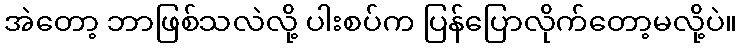
အဲတော့ ဘာဖြစ်သလဲလို့ ပါးစပ်က ပြန်ပြောလိုက်တော့မလို့ပဲ။